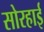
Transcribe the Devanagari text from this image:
सोरहाई